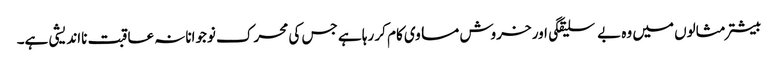
بیشتر مثالوں میں وہ بے سلیقگی اور خروش مساوی کام کر رہا ہے جس کی محرک نوجوانانہ عاقبت نااندیشی ہے۔